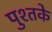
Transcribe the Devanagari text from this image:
पुश्तके